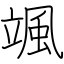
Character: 颯